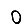
Digit: 0